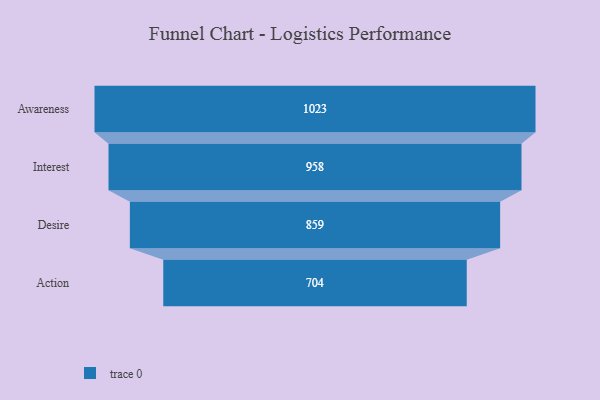
{"axis": {"x": "Stage", "y": "Value"}, "legend": [""], "data": [{"x": "Awareness", "y": 1023.0, "type": ""}, {"x": "Interest", "y": 958.0, "type": ""}, {"x": "Desire", "y": 859.0, "type": ""}, {"x": "Action", "y": 704.0, "type": ""}]}